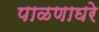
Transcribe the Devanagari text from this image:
पाळणाघरे